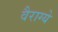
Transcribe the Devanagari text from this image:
वैराग्ये